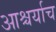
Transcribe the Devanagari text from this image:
आश्चर्याच